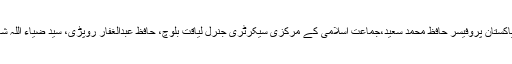
ان خیالات کا اظہارجمعیت علماء اسلام (س) کے سربراہ مولانا سمیع الحق،امیر جماعةالدعوة پاکستان پروفیسر حافظ محمد سعید،جماعت اسلامی کے مرکزی سیکرٹری جنرل لیاقت بلوچ، حافظ عبدالغفار روپڑی، سید ضیاء اللہ شاہ بخاری، علامہ ابتسام الہٰی ظہیر، علامہ زبیر احمد ظہیر و دیگر نے گفتگو کرتے ہوئے کیا۔